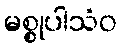
မစ္စုပါသံဝ